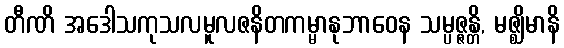
တီဏိ အဒေါသကုသလမူလဇနိတကမ္မာနုဘာဝေန သမ္ပဇ္ဇန္တိ, မဇ္ဈိမာနိ